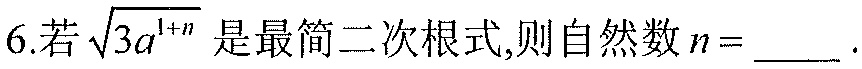
6.若\(\sqrt{3a^{1 + n}}\)是最简二次根式,则自然数\(n = \_\_\_\).